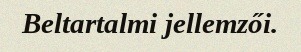
Beltartalmi jellemzői.